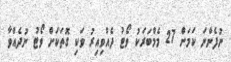
ނުފެންނަ ކަމަށް 27 މެމްބަރަކު ވޯޓު ދެއްވިއިރު ވަކި ގޮތަކަށް ވޯޓު ނުދެއްވާ